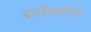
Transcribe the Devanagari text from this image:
प्रतीकहोता